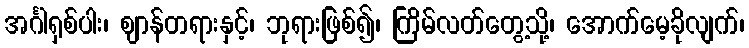
အင်္ဂါရှစ်ပါး၊ ဈာန်တရားနှင့်၊ ဘုရားဖြစ်၍၊ ကြိမ်လတ်တွေ့သို့၊ အောက်မေ့ခိုလျက်၊